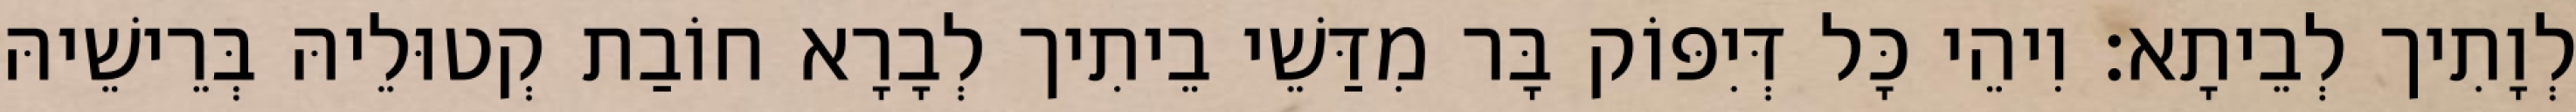
לְוָתִיך לְבֵיתָא׃ וִיהֵי כָּל דְּיִפּוֹק בָּר מִדַּשֵׁי בֵיתִיך לְבָרָא חוֹבַת קְטוּלֵיהּ בְּרֵישֵׁיהּ